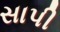
સાપી